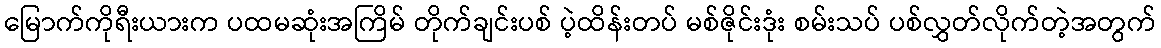
မြောက်ကိုရီးယားက ပထမဆုံးအကြိမ် တိုက်ချင်းပစ် ပဲ့ထိန်းတပ် မစ်ဇိုင်းဒုံး စမ်းသပ် ပစ်လွှတ်လိုက်တဲ့အတွက်